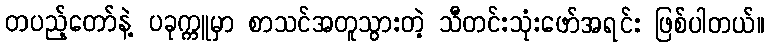
တပည့်တော်နဲ့ ပခုက္ကူမှာ စာသင်အတူသွားတဲ့ သီတင်းသုံးဖော်အရင်း ဖြစ်ပါတယ်။